Annual report of the Camel Specialist
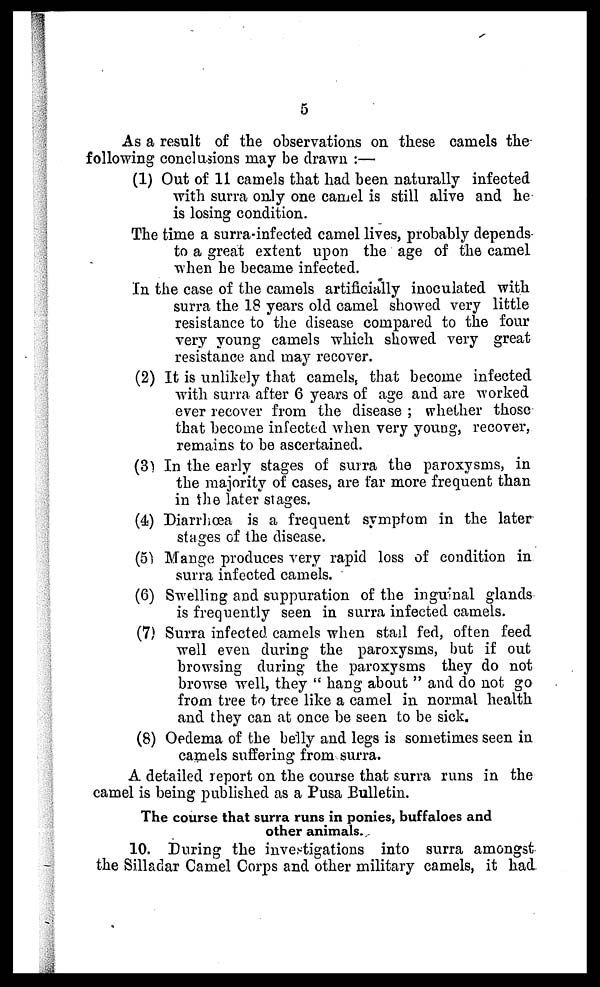
5
As a result of the observations on these camels the-
following conclusions may be drawn :—
(1) Out of 11 camels that had been naturally infected
with surra only one camel is still alive and he
is losing condition.
The time a surra-infected camel lives, probably depends-
to a great extent upon the age of the camel
when he became infected.
In the case of the camels artificially inoculated with
surra the 18 years old camel showed very little
resistance to the disease compared to the four
very young camels which showed very great
resistance and may recover.
(2) It is unlikely that camels, that become infected
with surra after 6 years of age and are worked
ever recover from the disease ; whether those
that become infected when very young, recover,
remains to be ascertained.
(3) In the early stages of surra the paroxysms, in
the majority of cases, are far more frequent than
in the later stages.
(4) Diarrhœa is a frequent symptom in the later
stages of the disease.
(5) Mange produces very rapid loss of condition in
surra infected camels.
(6) Swelling and suppuration of the inguinal glands
is frequently seen in surra infected camels.
(7) Surra infected camels when stall fed, often feed
well even during the paroxysms, but if out
browsing during the paroxysms they do not
browse well, they " hang about " and do not go
from tree to tree like a camel in normal health
and they can at once be seen to be sick.
(8) Oedema of the belly and legs is sometimes seen in
camels suffering from surra.
A detailed report on the course that surra runs in the
camel is being published as a Pusa Bulletin.
The course that surra runs in ponies, buffaloes and
other animals.
10. During the investigations into surra amongst
the Silladar Camel Corps and other military camels, it had